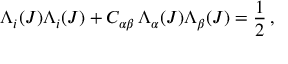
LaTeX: \Lambda _ { i } ( J ) \Lambda _ { i } ( J ) + C _ { \alpha \beta } \, \Lambda _ { \alpha } ( J ) \Lambda _ { \beta } ( J ) = \frac { 1 } { 2 } \, ,